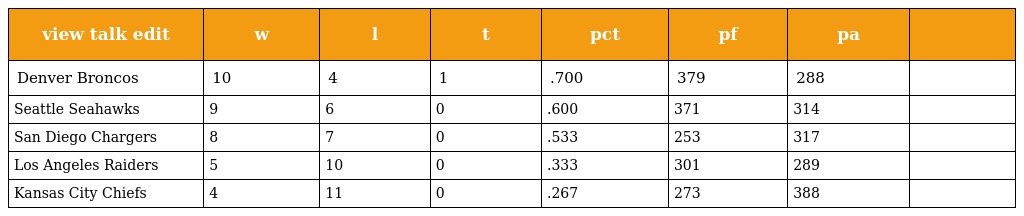
| view talk edit | w | l | t | pct | pf | pa |  |
 | --- | --- | --- | --- | --- | --- | --- | --- |
 | Denver Broncos | 10 | 4 | 1 | .700 | 379 | 288 |  |
 | Seattle Seahawks | 9 | 6 | 0 | .600 | 371 | 314 |  |
 | San Diego Chargers | 8 | 7 | 0 | .533 | 253 | 317 |  |
 | Los Angeles Raiders | 5 | 10 | 0 | .333 | 301 | 289 |  |
 | Kansas City Chiefs | 4 | 11 | 0 | .267 | 273 | 388 |  |